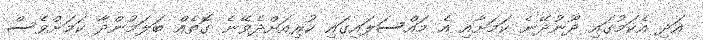
އަދި އެކަމުގައި ދޫނުދޭނެ ކަމަށާއި އެ މައްސަލައިގައި ކުރިއަށްދެވޭނެ ގޮތެއް ބަލަމުންދާ ކަމަށްވެސް